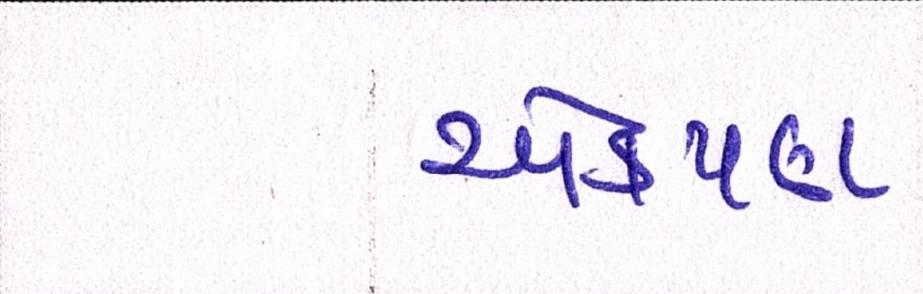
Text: એકપણ